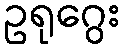
ဥရုဂွေး